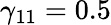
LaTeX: \gamma_{11}=0.5